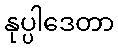
နုပ္ပါဒေတာ